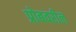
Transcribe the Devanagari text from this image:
प्रोबवरील